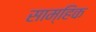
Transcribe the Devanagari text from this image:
साम्हिक